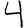
Digit: 4